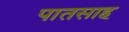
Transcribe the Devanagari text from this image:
पातसाह